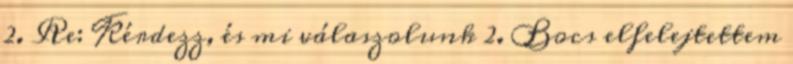
2. Re: Kérdezz, és mi válaszolunk 2. Bocs elfelejtettem